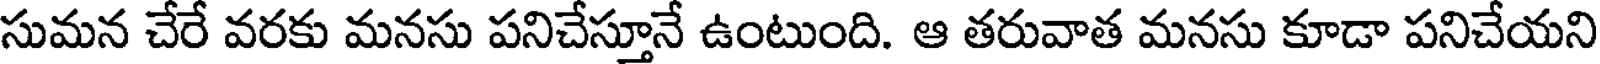
సుమన చేరే వరకు మనసు పనిచేస్తూనే ఉంటుంది. ఆ తరువాత మనసు కూడా పనిచేయని